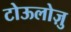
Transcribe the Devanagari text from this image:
टोऊलोज़ु